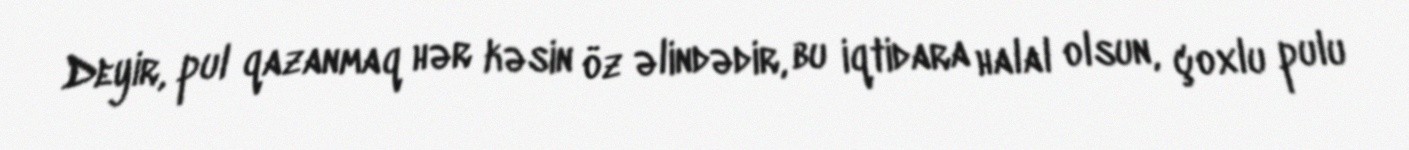
Deyir, pul qazanmaq hər kəsin öz əlindədir, bu iqtidara halal olsun, çoxlu pulu